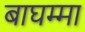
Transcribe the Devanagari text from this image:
बाघम्मा